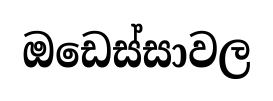
ඔඩෙස්සාවල